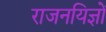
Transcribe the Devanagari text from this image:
राजनयिज्ञों